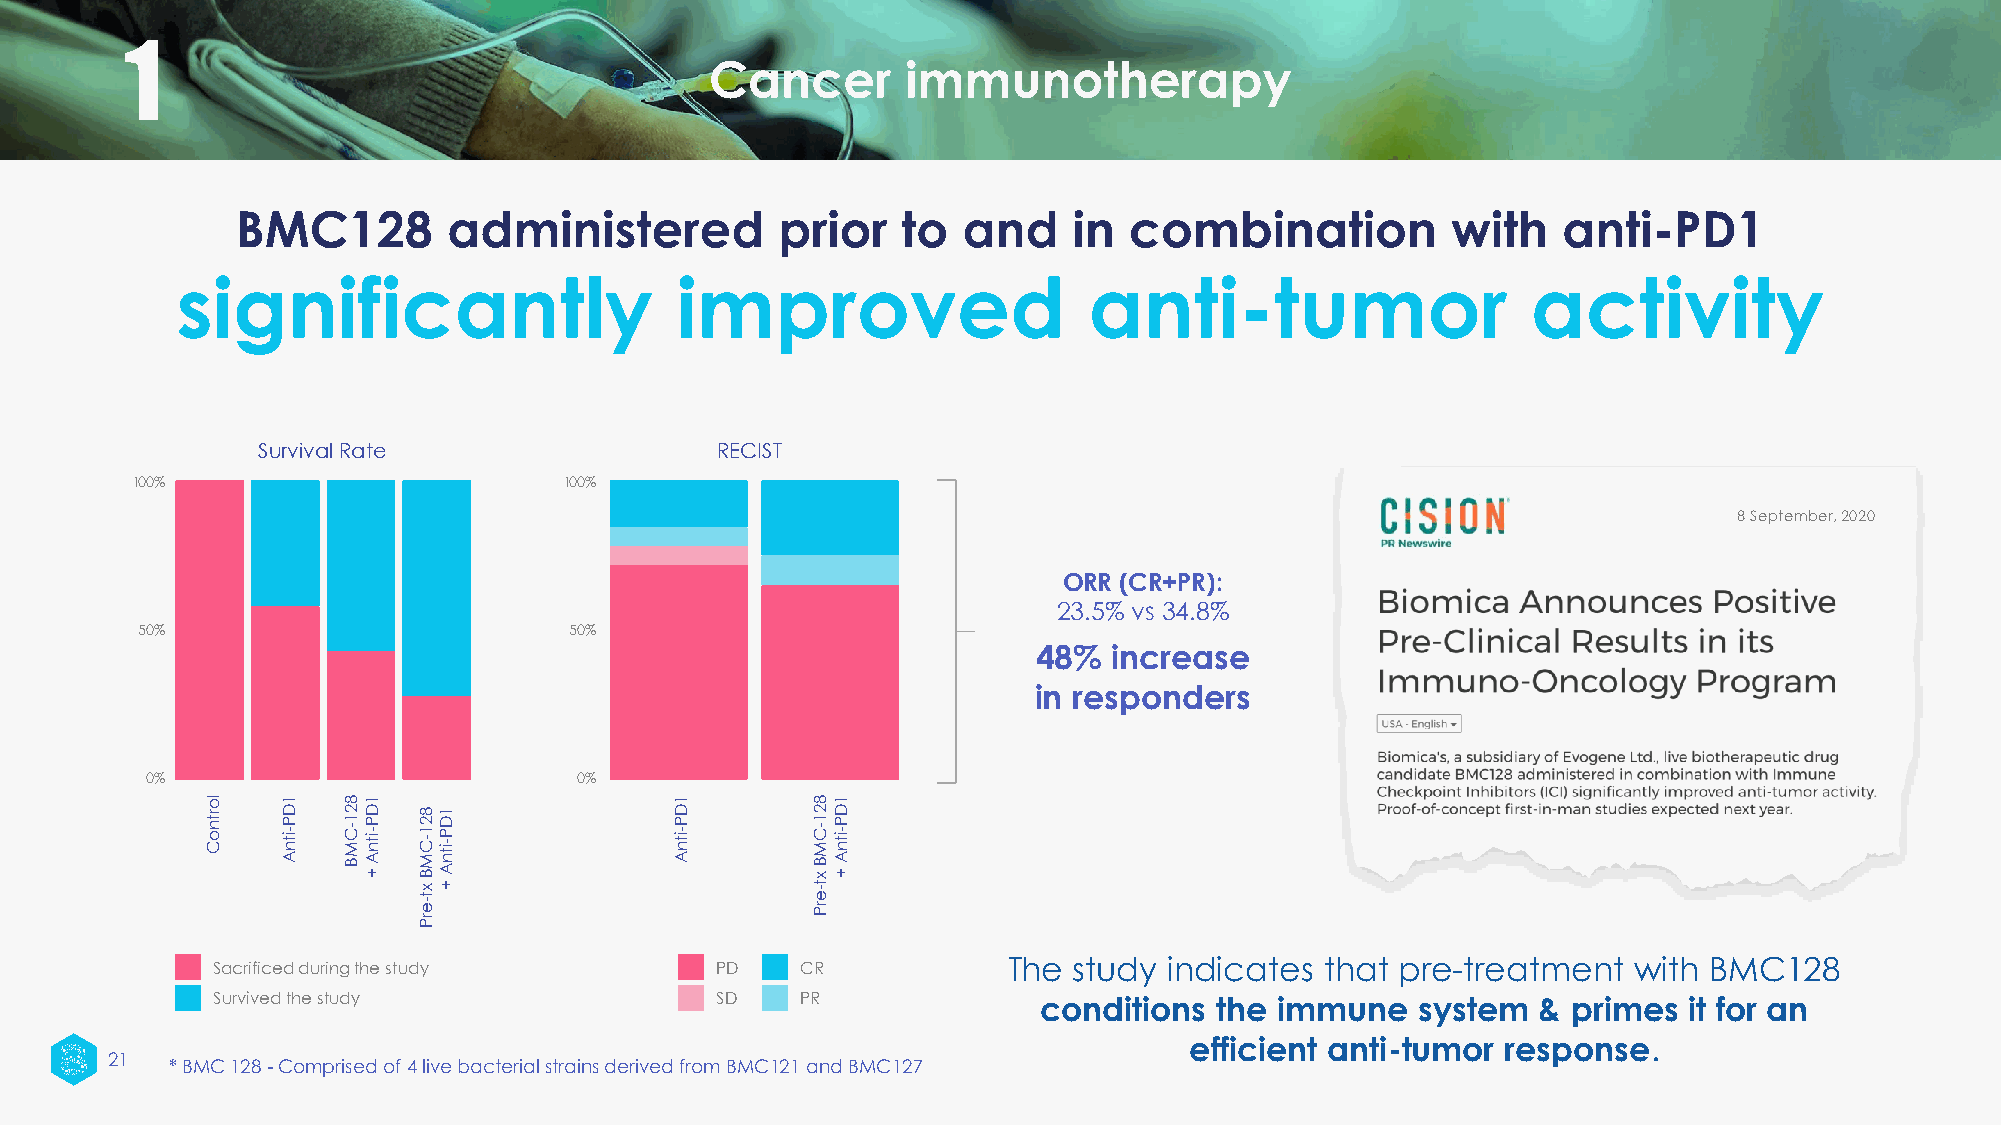
1
 Cancer       immunotherapy
 BMC128        administered          prior   to  and    in  combination          with   anti-PD1
 significantly                    improved                   anti-tumor                   activity
 Survival Rate                 RECIST
 100%                        100%
 8 September, 2020
 ORR (CR+PR):
 23.5% vs 34.8%
 50%                          50%
 48%  increase
 in responders
 0%                          0%
 lo
 rtn o C
 1
 itD n AP -
 C8
 M2 B1 - itn AD
 +P1
 -   C 8 eM2 xB1 t-- itn AD +P1 -
 1
 itD n AP - C
 8
 eM2
 rx
 PB1 t-- itn AD
 +P1
 -
 rP
 The study indicates  that pre-treatment  with BMC128
 Sacrificed during the study      PD    CR
 Survived the study               SD    PR              conditions the  immune   system  & primes  it for an
 efficient anti-tumor response.
 21
 * BMC 128 -Comprised of 4 live bacterial strains derived from BMC121 and BMC127